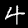
Digit: 4